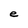
Character: e